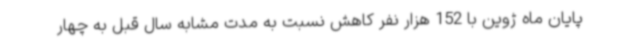
پایان ماه ژوین با 152 هزار نفر کاهش نسبت به مدت مشابه سال قبل به چهار